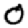
Digit: 0